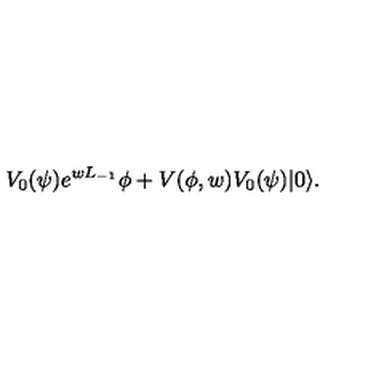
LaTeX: V _ { 0 } ( \psi ) e ^ { w L _ { - 1 } } \phi + V ( \phi , w ) V _ { 0 } ( \psi ) | 0 \rangle .